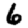
Digit: 6